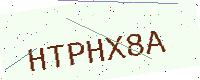
Text: HTPHX8A